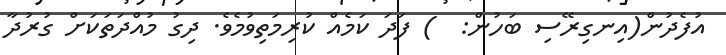
އުފެދުން(އިނގިރޭސި ބަހުން:  ) ފަދަ ކަމެއް ކުރިމަތިވުމެވެ. ދިގު މުއްދަތަކަށް ގުރުދާ